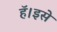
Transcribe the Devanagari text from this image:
हॅ।इसे